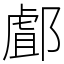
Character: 䣜